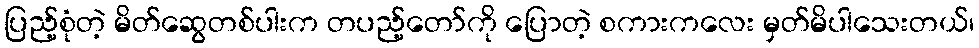
ပြည့်စုံတဲ့ မိတ်ဆွေတစ်ပါးက တပည့်တော်ကို ပြောတဲ့ စကားကလေး မှတ်မိပါသေးတယ်၊